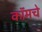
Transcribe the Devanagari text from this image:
कॉमचे